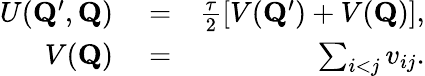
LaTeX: \begin{array}{rlr}{U(\mathbf{Q}^{\prime},\mathbf{Q})}&{{}=}&{\frac{\tau}{2}[V(\mathbf{Q}^{\prime})+V(\mathbf{Q})],}\\ {V(\mathbf{Q})}&{{}=}&{\sum_{i<j}v_{ij}.}\end{array}